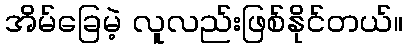
အိမ်ခြေမဲ့ လူလည်းဖြစ်နိုင်တယ်။